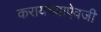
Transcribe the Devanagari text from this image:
करायच्याऐवजी